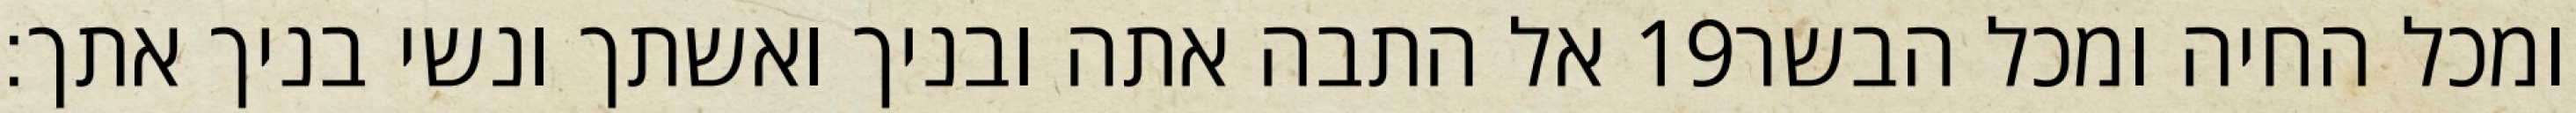
אל התבה אתה ובניך ואשתך ונשי בניך אתך׃ ‎19‏ ומכל החיה ומכל הבשר